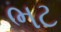
ભટ